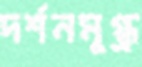
দর্শনমুগ্ধ